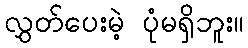
လွှတ်ပေးမဲ့ ပုံမရှိဘူး။